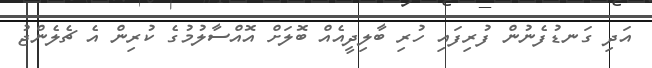
އަދި ގަނޑުފެނުން ފުރިފައި ހުރި ބާލިދީއެއް ބޮލަށް އޮއްސާލުމުގެ ކުރިން އެ ޗެލެންޖު